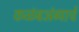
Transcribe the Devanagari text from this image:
कळंबअंब्याचे